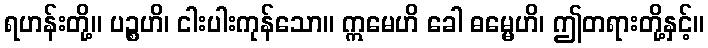
ရဟန်းတို့။ ပဉ္စဟိ၊ ငါးပါးကုန်သော။ ဣမေဟိ ခေါ ဓမ္မေဟိ၊ ဤတရားတို့နှင့်။